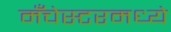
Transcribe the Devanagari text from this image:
मँचेस्टरमध्ये